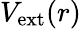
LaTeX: V_{\mathrm{ext}}(r)